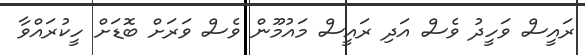
ރައީސް ވަހީދު ވެސް އަދި ރައީސް މައުމޫން ވެސް ވަރަށް ބޮޑަށް ހީކުރައްވާ